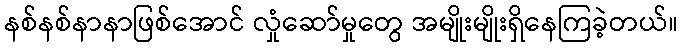
နစ်နစ်နာနာဖြစ်အောင် လှုံဆော်မှုတွေ အမျိုးမျိုးရှိနေကြခဲ့တယ်။